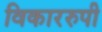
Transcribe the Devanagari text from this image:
विकाररुपी